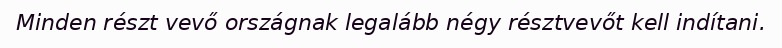
Minden részt vevő országnak legalább négy résztvevőt kell indítani.